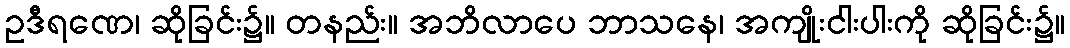
ဥဒီရဏေ၊ ဆိုခြင်း၌။ တနည်း။ အဘိလာပေ ဘာသနေ၊ အကျိုးငါးပါးကို ဆိုခြင်း၌။